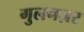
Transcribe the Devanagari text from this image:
गुलनज़र